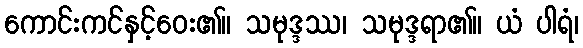
ကောင်းကင်နှင့်ဝေး၏။ သမုဒ္ဒဿ၊ သမုဒ္ဒရာ၏။ ယံ ပါရံ၊